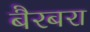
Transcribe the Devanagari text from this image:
बैरबरा